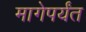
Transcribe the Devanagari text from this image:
मागेपर्यंत